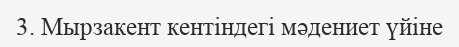
3. Мырзакент кентіндегі мәдениет үйіне